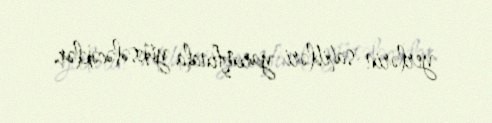
yerlərin sahibləri yarımfinala yüksələcəklər.